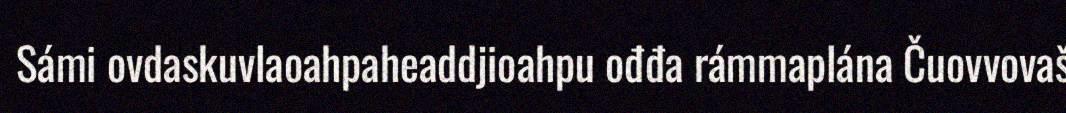
Sámi ovdaskuvlaoahpaheaddjioahpu ođđa rámmaplána Čuovvovaš